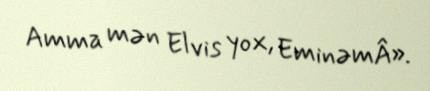
Amma mən Elvis yox, EminəmÂ».